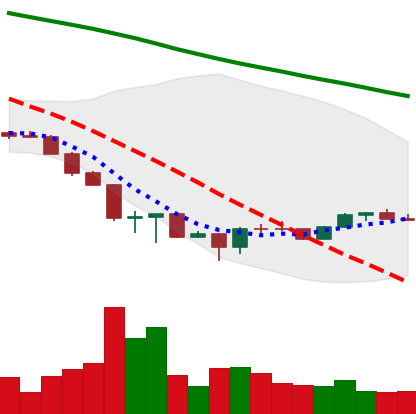
Ticker: ETH-USD
Chart end date: 2022-06-27
Forward return: -10.653%
Label: down_7plus